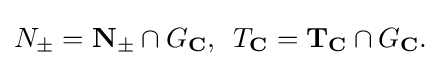
\displaystyle {N_{\pm }=\mathbf {N} _{\pm }\cap G_{\mathbf {C} },\,\,\,T_{\mathbf {C} }=\mathbf {T} _{\mathbf {C} }\cap G_{\mathbf {C} }.}